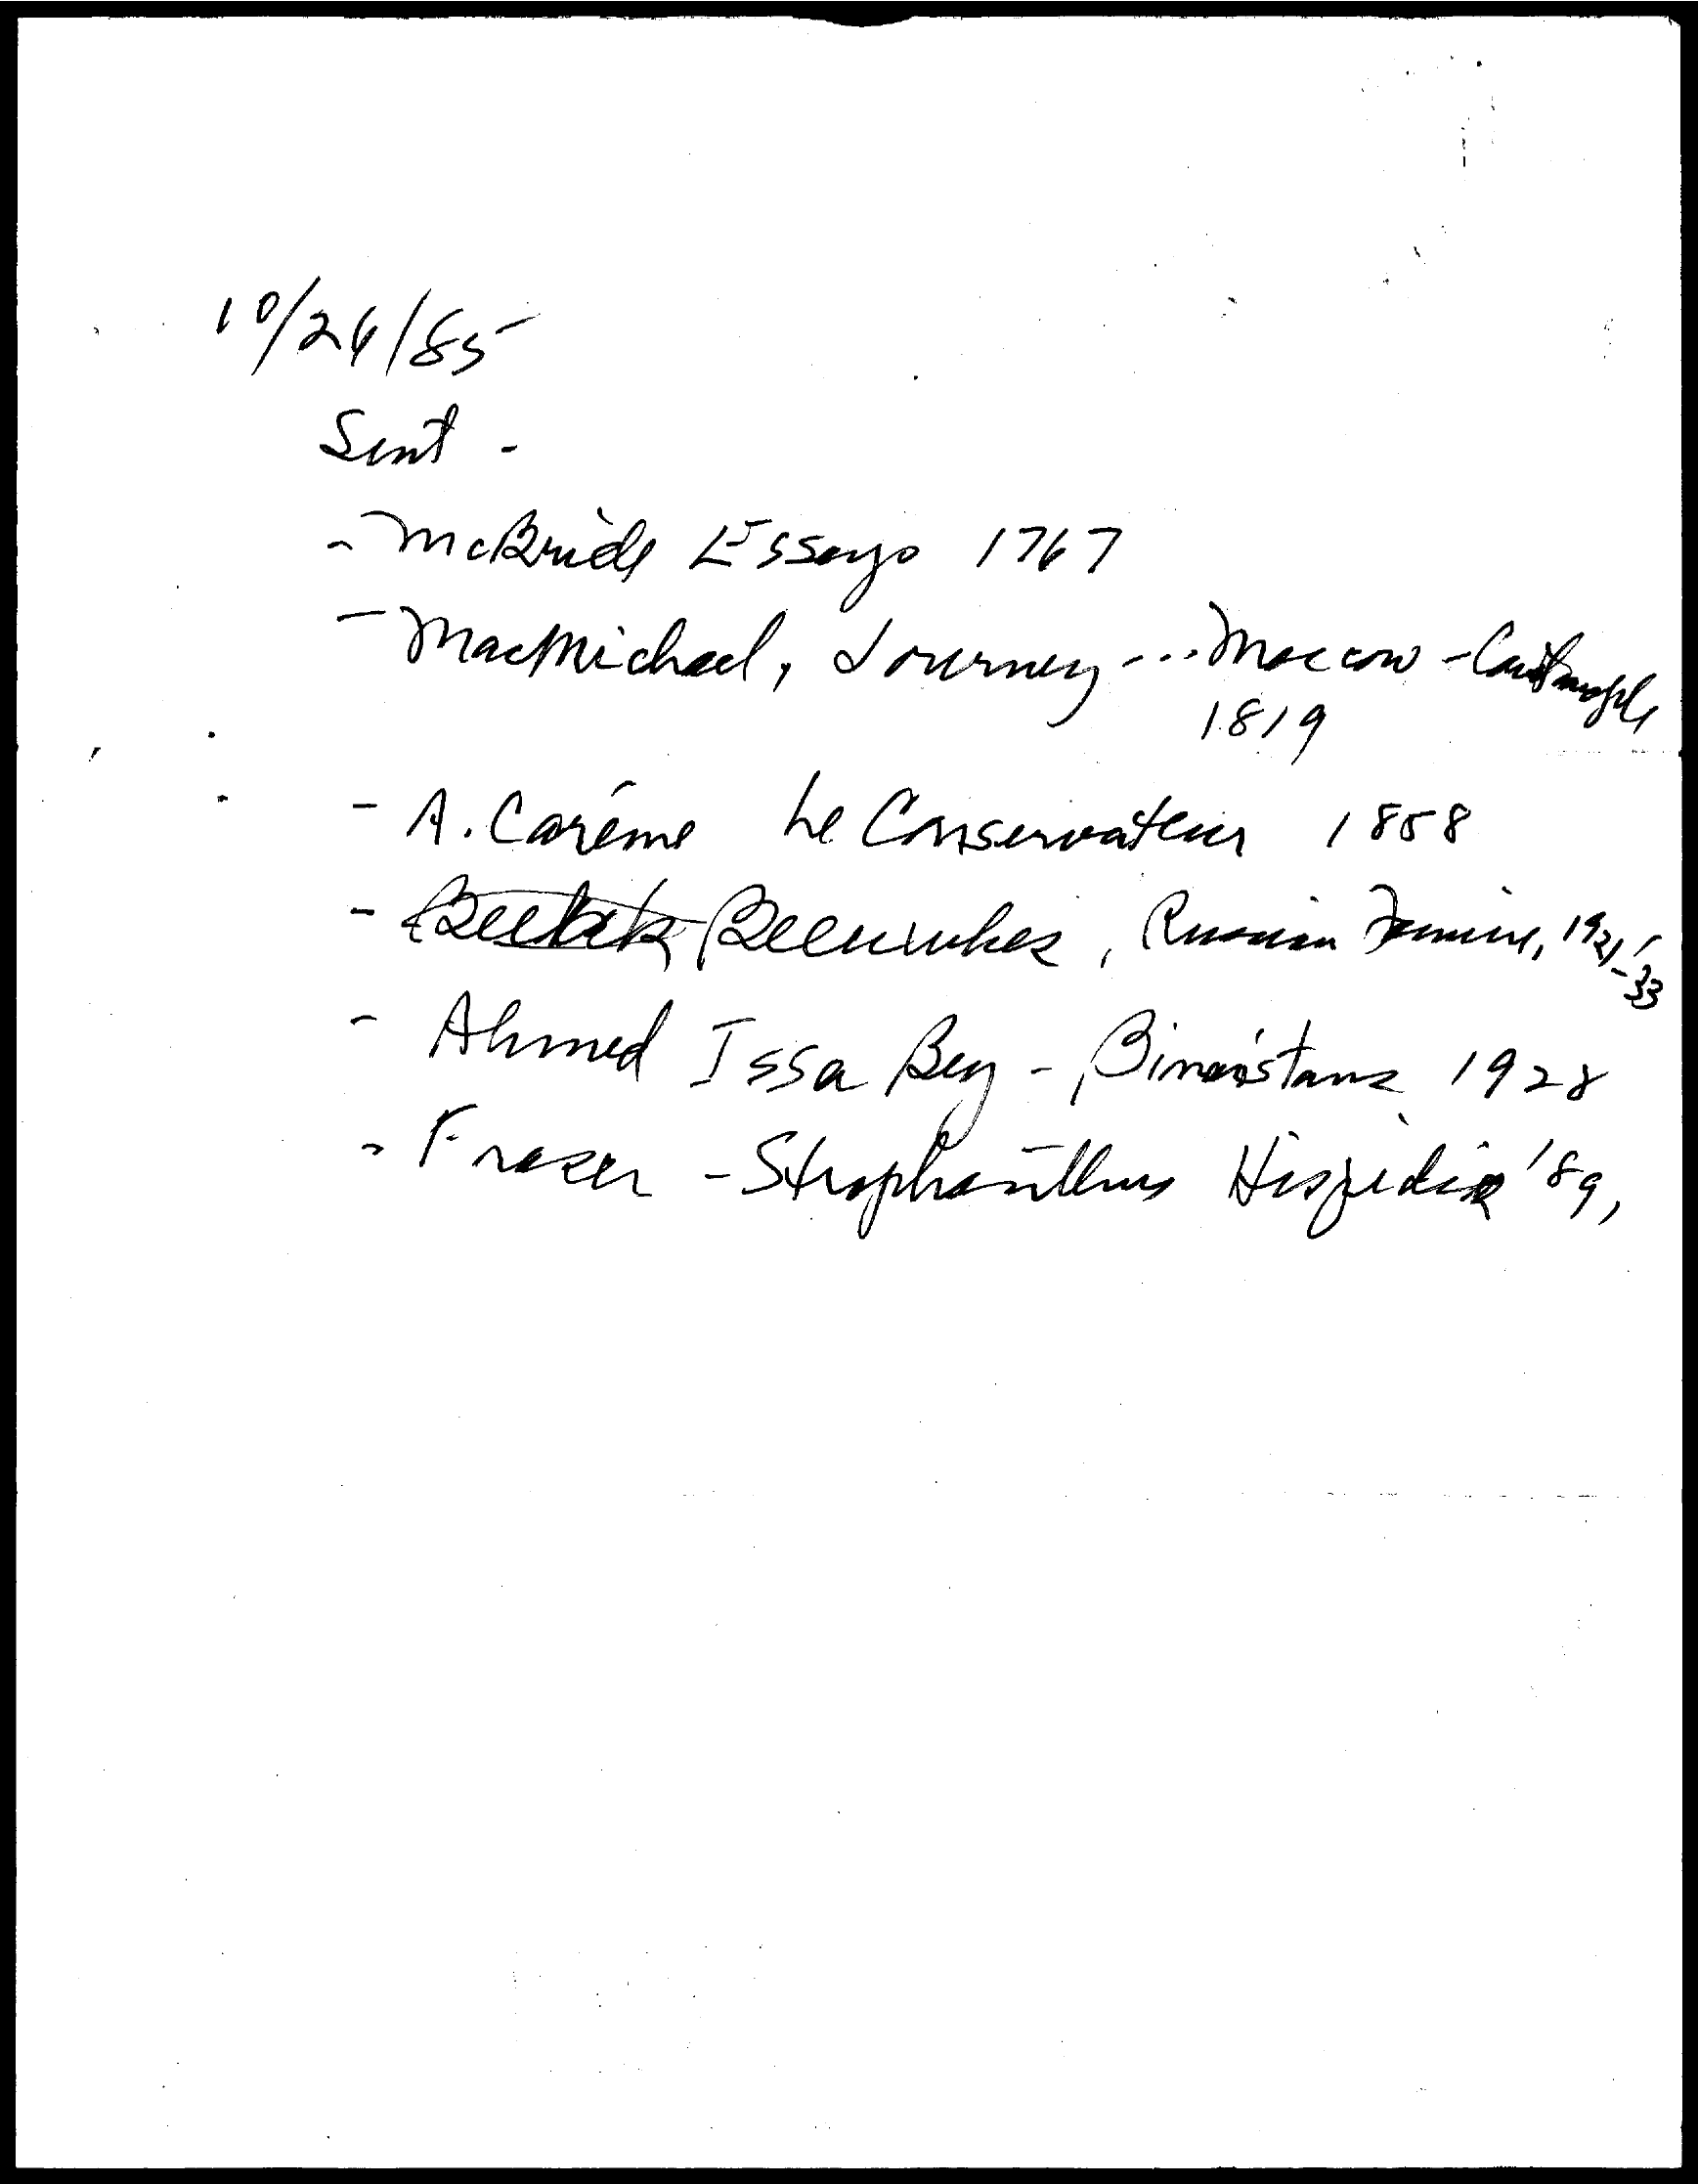
10/24 / 55-
     Sent -
     - Include Essayo 1767
     - Macmichel, Journey ... macow-Casauply
     1819
     - A. Careme he Conservateur 1858
     1921
     -
     33
     - Ahmed  Issa Ben - Dimeistanz 1928
     . Frezer -Strophanthus Kespedagog, 891